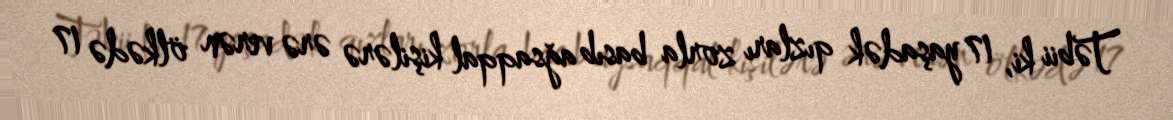
Təbii ki, 17 yaşadək qızları zorla basıb ağsaqqal kişilərə ərə verən ölkədə 17